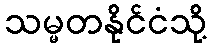
သမ္မတနိုင်ငံသို့